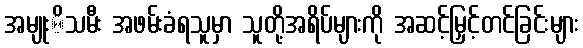
အမျုးိသမီး အဖမ်းခံရသူမှာ သူတို့အရိပ်များကို အဆင့်မြှင့်တင်ခြင်းများ